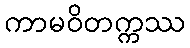
ကာမဝိတက္ကဿ